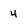
Character: 4